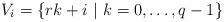
LaTeX: \begin{align*} V_i=\{rk +i \ | \ k=0,\ldots,q-1\}\end{align*}